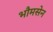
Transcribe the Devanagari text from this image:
भौमसेन